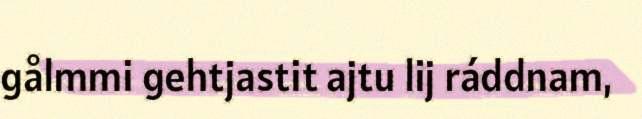
gålmmi gehtjastit ajtu lij ráddnam,